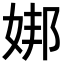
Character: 𪥶